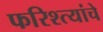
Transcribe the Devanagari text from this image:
फरिश्त्यांचे